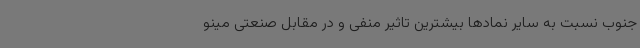
جنوب نسبت به سایر نمادها بیشترین تاثیر منفی و در مقابل صنعتی مینو